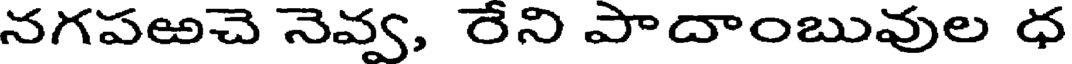
నగపఱచె నెవ్వ, రేని పాదాంబువుల ధ